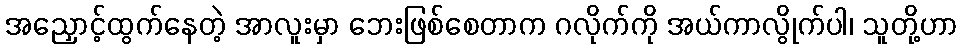
အညှောင့်ထွက်နေတဲ့ အာလူးမှာ ဘေးဖြစ်စေတာက ဂလိုက်ကို အယ်ကာလွိုက်ပါ၊ သူတို့ဟာ